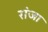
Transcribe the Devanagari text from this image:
रांजा